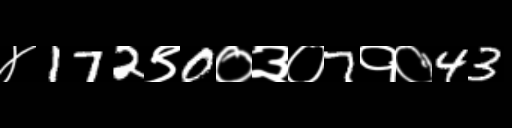
Text: ४172९0०३०7१०43